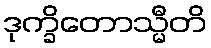
ဒုက္ခိတောသ္မီတိ